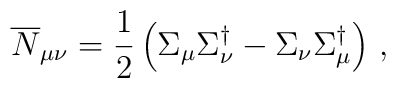
\overline{N}_{\mu\nu}=\frac{1}{2}\left( \Sigma_{\mu}\Sigma_{\nu}^{\dagger}-\Sigma_{\nu}\Sigma_{\mu}^{\dagger}\right)\,,